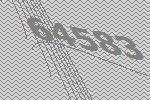
64583